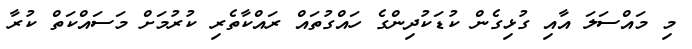
މި މައްސަލަ އާއި ގުޅިގެން ކުޑަކުދިންގެ ހައްގުތައް ރައްކާތެރި ކުރުމަށް މަސައްކަތް ކުރާ